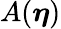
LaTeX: A({\boldsymbol{\eta}})